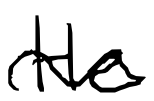
Text: He
Cross-out: wave
Writing tool: digital_black